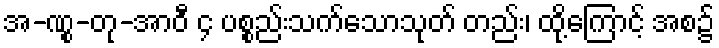
အ-ဏွု-တု-အာဝီ ၄ ပစ္စည်းသက်သောသုတ် တည်း၊ ထို့ကြောင့် အစ၌